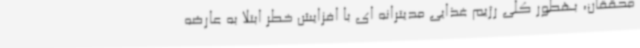
محققان، بهطور کلی رژیم غذایی مدیترانه ای با افزایش خطر ابتلا به عارضه